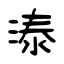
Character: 溙